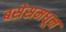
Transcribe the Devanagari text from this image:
बसेसमधून